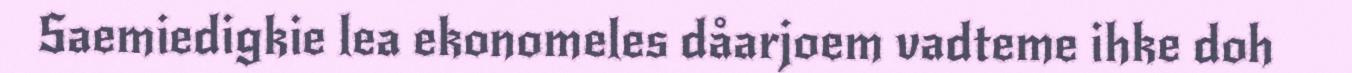
Saemiedigkie lea ekonomeles dåarjoem vadteme ihke doh